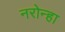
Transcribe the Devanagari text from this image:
नरोन्हा